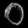
Digit: ၀